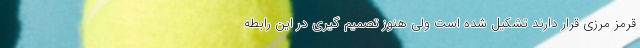
قرمز مرزی قرار دارند تشکیل شده است ولی هنوز تصمیم گیری در این رابطه